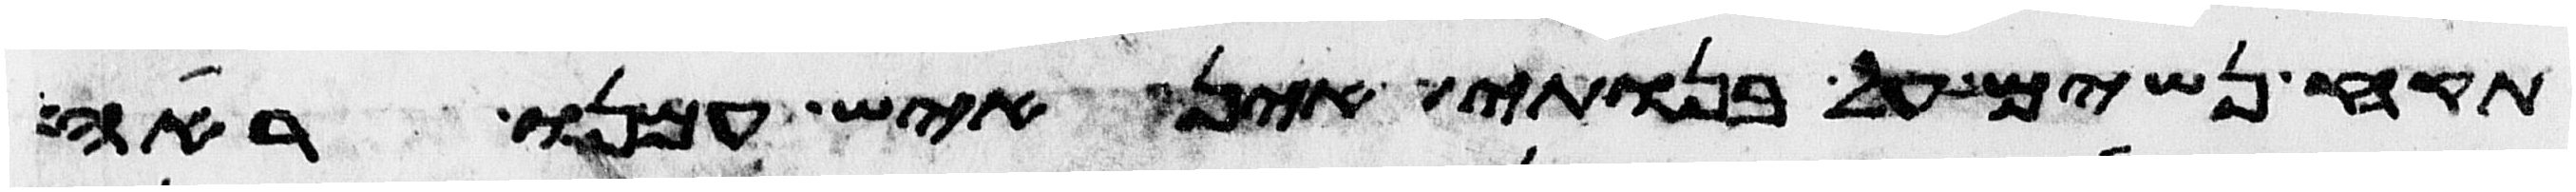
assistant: תקח נשים על בנותי אין איש עמנו ראה